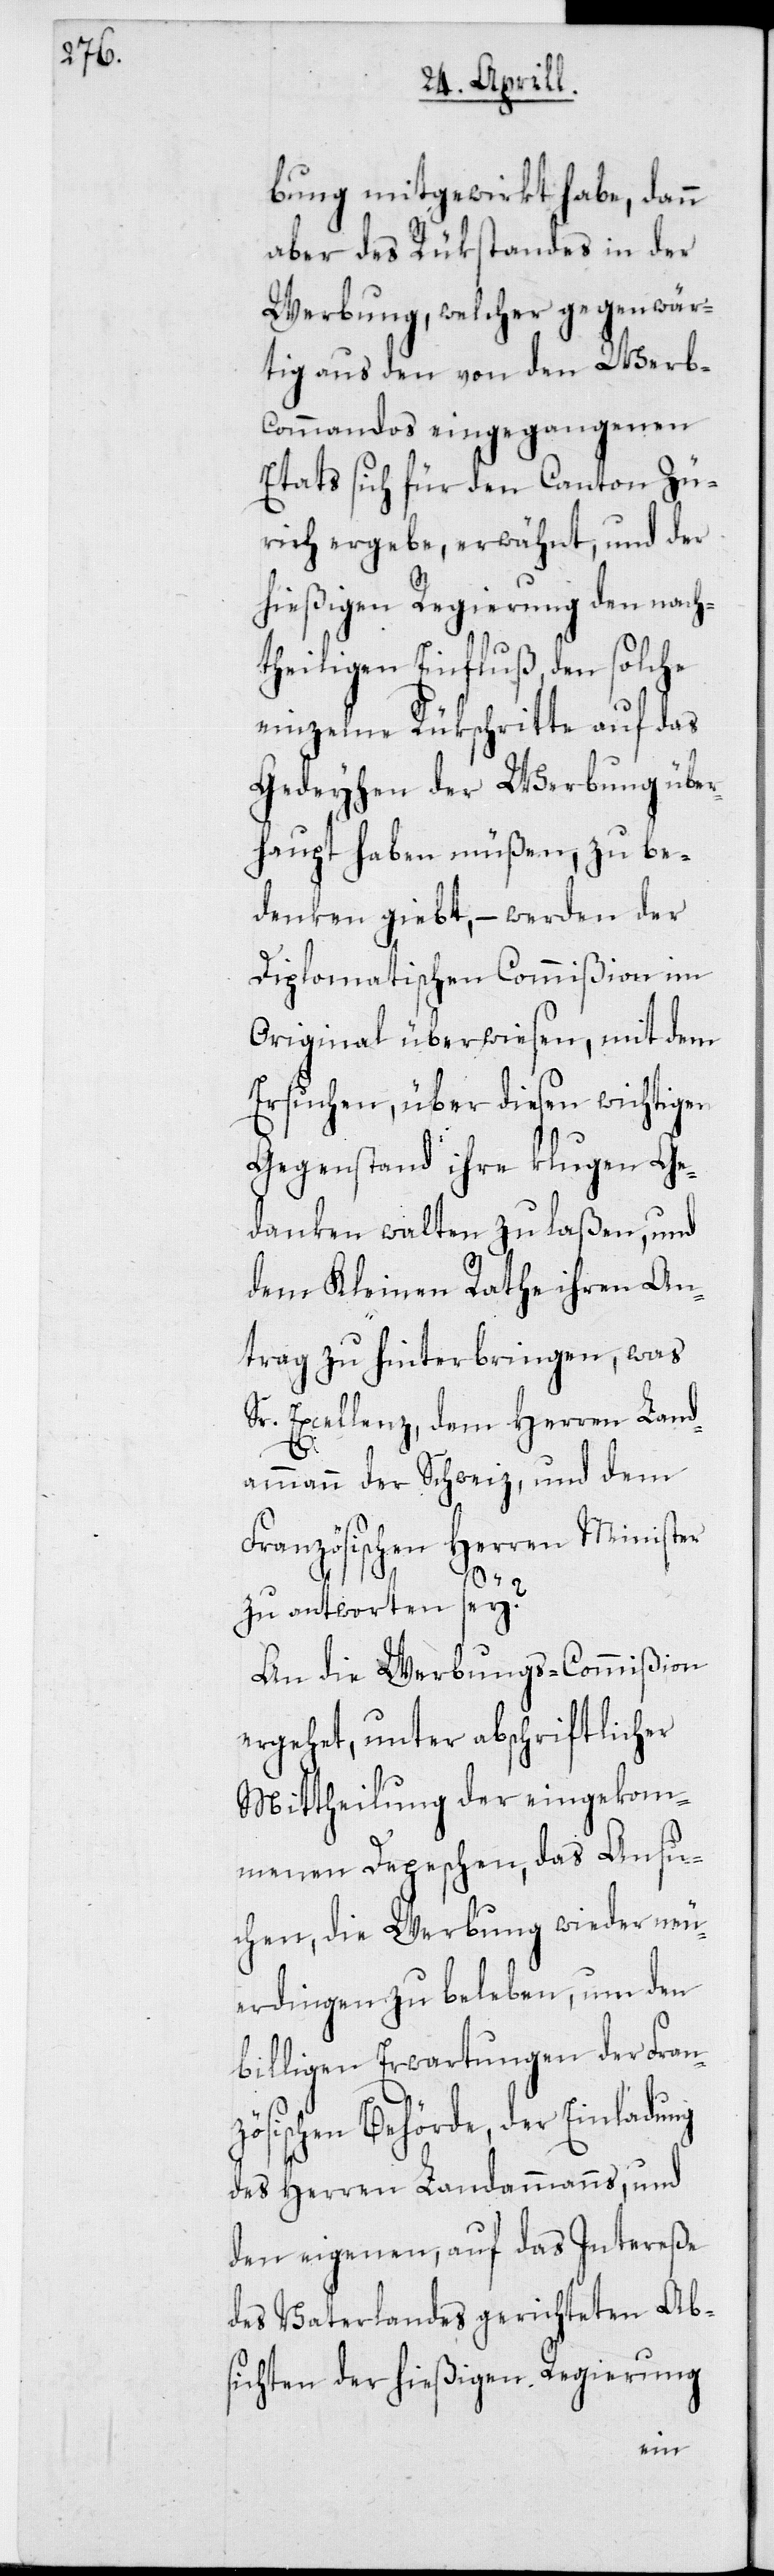
bung mitgewirkt habe, dann
aber des Rükstandes in der
Werbung, welcher gegenwär¬
tig aus den von den Werb-C¬
ommandos eingegangenen
Etats sich für den Canton Zü¬
rich ergebe, erwähnt, und der
hießigen Regierung den nach¬
theiligen Einfluß, den solche
einzelne Rükschritte auf das
Gedeyhen der Werbung über¬
haupt haben müßen, zu be¬
denken giebt, – werden der
Diplomatischen Commißion im
Original überwiesen, mit dem
Ersuchen, über diesen wichtigen
Gegenstand ihre klugen Ge¬
danken walten zu laßen, und
dem Kleinen Rathe ihren An¬
trag zu hinterbringen, was
Sr. Excellenz dem Herren Land¬
ammann der Schweiz, und dem
Französischen Herren Minister
zu antworten sey?
An die Werbungs-Commißion
ergehet, unter abschriftlicher
Mittheilung der eingekom¬
menen Depeschen, das Ansu¬
chen, die Werbung wieder neu¬
erdingen zu beleben, um den
billigen Erwartungen der Fran¬
zösischen Behörde, der Einladung
des Herren Landammanns, und
den eigenen, auf das Intereße
des Vaterlandes gerichteten Ab¬
sichten der hießigen Regierung